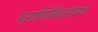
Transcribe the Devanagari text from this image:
प्राणिमित्रांच्या